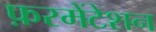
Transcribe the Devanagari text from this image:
फ़रमेंटेशन